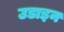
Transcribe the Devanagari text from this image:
उडाइन